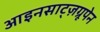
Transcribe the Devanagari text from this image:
आइनसाट्ज़ग्रूपेन